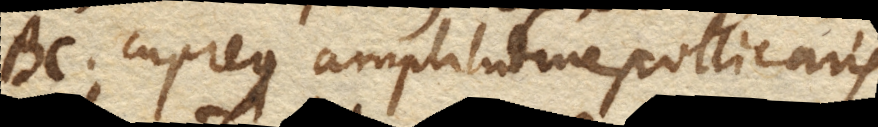
BC. cupreus amplitudine pollicaris